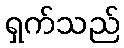
ရှက်သည်